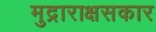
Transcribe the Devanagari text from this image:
मुद्राराक्षसकार